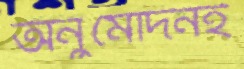
অনুমোদনই